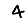
Digit: 4